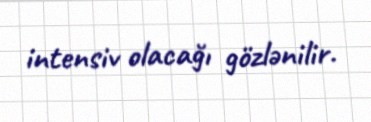
intensiv olacağı gözlənilir.